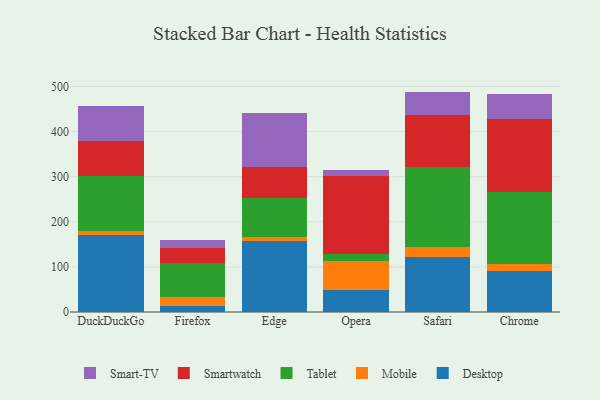
{"axis": {"x": "Browser", "y": "Backlog"}, "legend": ["Desktop", "Mobile", "Smart-TV", "Smartwatch", "Tablet"], "data": [{"x": "DuckDuckGo", "y": 171.7, "type": "Desktop"}, {"x": "DuckDuckGo", "y": 8.4, "type": "Mobile"}, {"x": "DuckDuckGo", "y": 121.7, "type": "Tablet"}, {"x": "DuckDuckGo", "y": 76.6, "type": "Smartwatch"}, {"x": "DuckDuckGo", "y": 78.2, "type": "Smart-TV"}, {"x": "Firefox", "y": 13.2, "type": "Desktop"}, {"x": "Firefox", "y": 20.0, "type": "Mobile"}, {"x": "Firefox", "y": 76.0, "type": "Tablet"}, {"x": "Firefox", "y": 32.6, "type": "Smartwatch"}, {"x": "Firefox", "y": 18.6, "type": "Smart-TV"}, {"x": "Edge", "y": 156.9, "type": "Desktop"}, {"x": "Edge", "y": 10.0, "type": "Mobile"}, {"x": "Edge", "y": 85.9, "type": "Tablet"}, {"x": "Edge", "y": 69.5, "type": "Smartwatch"}, {"x": "Edge", "y": 119.9, "type": "Smart-TV"}, {"x": "Opera", "y": 49.0, "type": "Desktop"}, {"x": "Opera", "y": 64.0, "type": "Mobile"}, {"x": "Opera", "y": 16.3, "type": "Tablet"}, {"x": "Opera", "y": 171.6, "type": "Smartwatch"}, {"x": "Opera", "y": 14.6, "type": "Smart-TV"}, {"x": "Safari", "y": 121.7, "type": "Desktop"}, {"x": "Safari", "y": 23.2, "type": "Mobile"}, {"x": "Safari", "y": 176.6, "type": "Tablet"}, {"x": "Safari", "y": 116.3, "type": "Smartwatch"}, {"x": "Safari", "y": 50.8, "type": "Smart-TV"}, {"x": "Chrome", "y": 90.1, "type": "Desktop"}, {"x": "Chrome", "y": 16.1, "type": "Mobile"}, {"x": "Chrome", "y": 159.7, "type": "Tablet"}, {"x": "Chrome", "y": 162.9, "type": "Smartwatch"}, {"x": "Chrome", "y": 53.7, "type": "Smart-TV"}]}